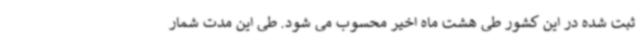
ثبت شده در این کشور طی هشت ماه اخیر محسوب می شود. طی این مدت شمار